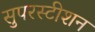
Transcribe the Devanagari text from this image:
सुपरस्टीशन